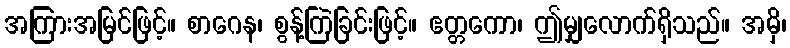
အကြားအမြင်ဖြင့်။ စာဂေန၊ စွန့်ကြဲခြင်းဖြင့်။ ဧတ္တကော၊ ဤမျှလောက်ရှိသည်။ အမှိ၊